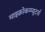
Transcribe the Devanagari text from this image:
माइक्रोकम्प्यूटर्स